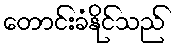
တောင်းခံနိုင်သည်